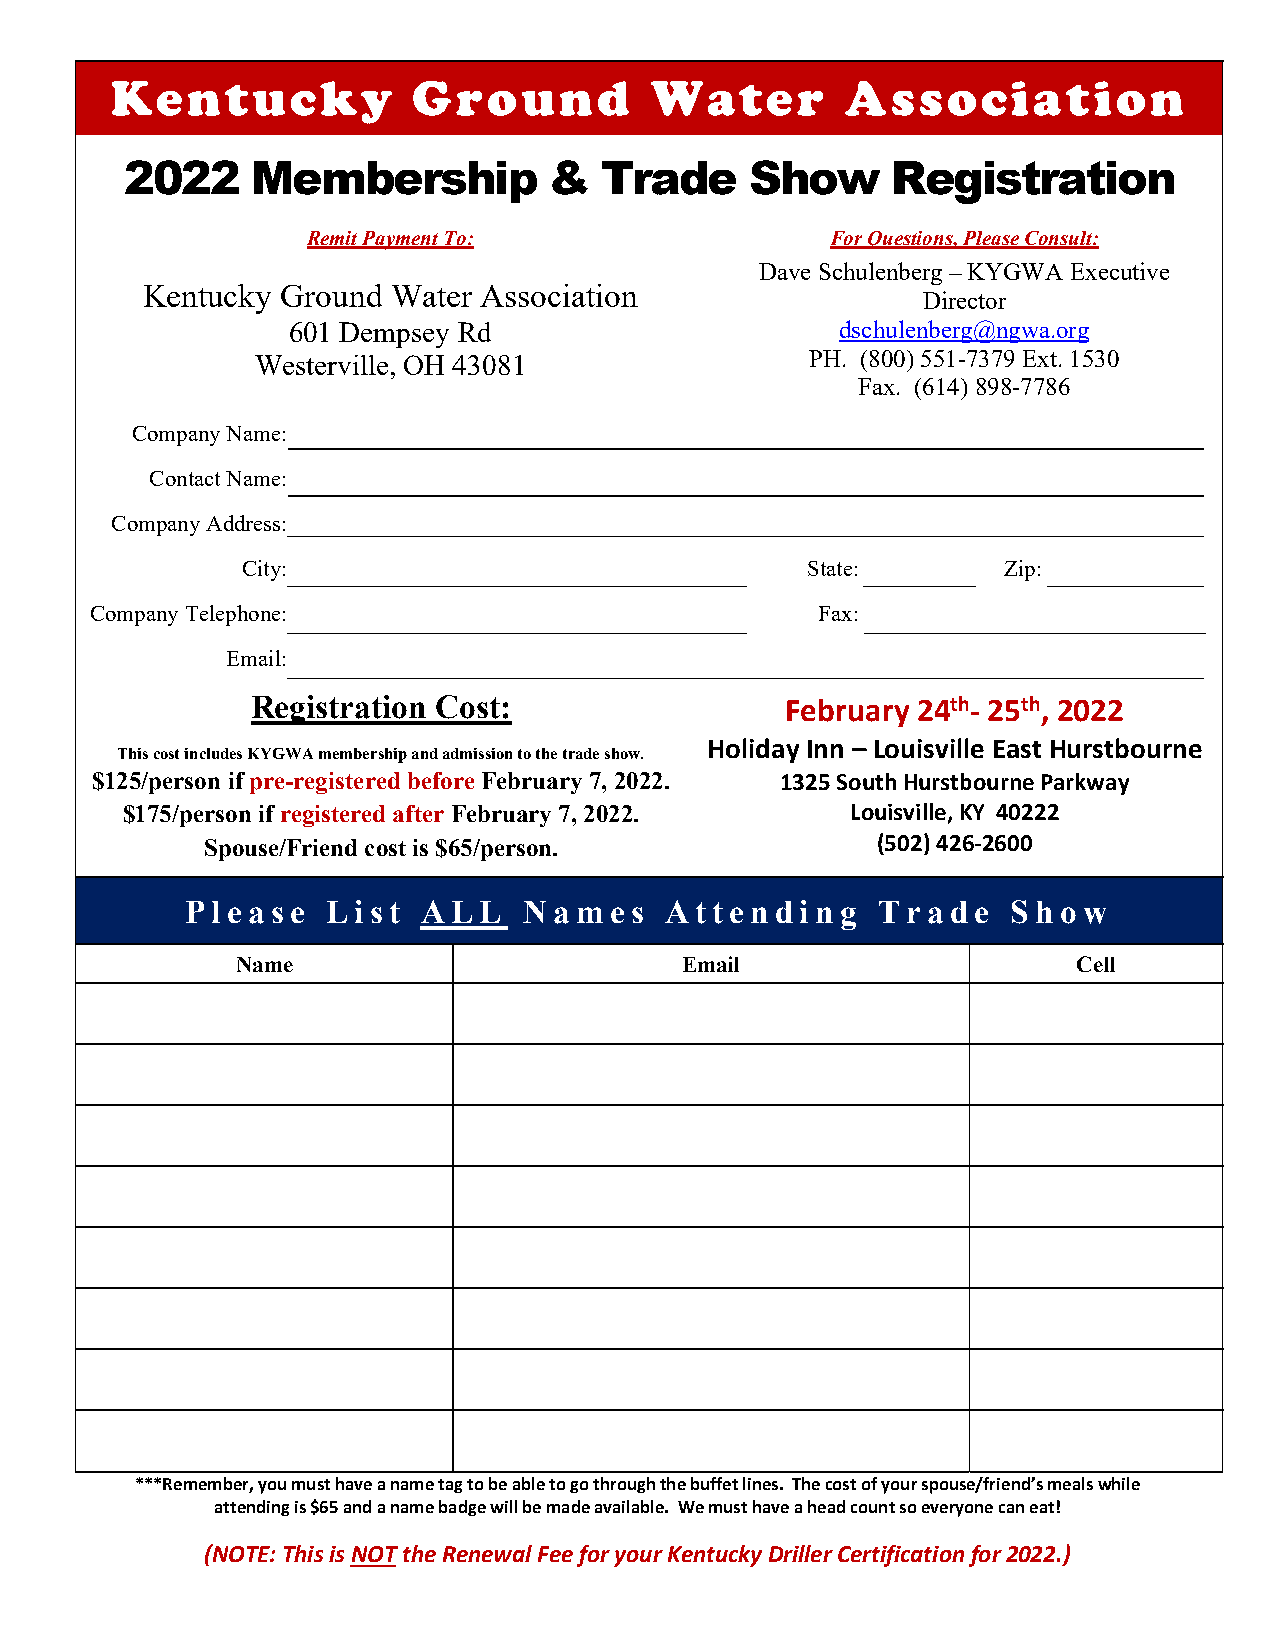
Kentucky            Ground          Water        Association
 2022     Membership         &   Trade     Show     Registration
 Remit Payment To:                  For Questions, Please Consult:
 Dave Schulenberg – KYGWA Executive
 Kentucky  Ground Water Association
 Director
 601 Dempsey Rd                       dschulenberg@ngwa.org
 Westerville, OH 43081                PH. (800) 551-7379 Ext. 1530
 Fax. (614) 898-7786
 Company Name:
 Contact Name:
 Company Address:
 City:                                State:       Zip:
 Company Telephone:                              Fax:
 Email:
 Registration Cost:                 February 24th‐ 25th, 2022
 Holiday Inn – Louisville East Hurstbourne
 This cost includes KYGWA membership and admission to the trade show.
 $125/person if pre-registered before February 7, 2022. 1325 South Hurstbourne Parkway
 $175/person if registered after February 7, 2022. Louisville, KY 40222
 Spouse/Friend cost is $65/person.           (502) 426‐2600
 Please    List  ALL    Names    Attending     Trade    Show
 Name                         Email                     Cell
 ***Remember, you must have a name tag to be able to go through the buffet lines. The cost of your spouse/friend’s meals while
 attending is $65 and a name badge will be made available. We must have a head count so everyone can eat!
 (NOTE: This is NOT the Renewal Fee for your Kentucky Driller Certification for 2022.)